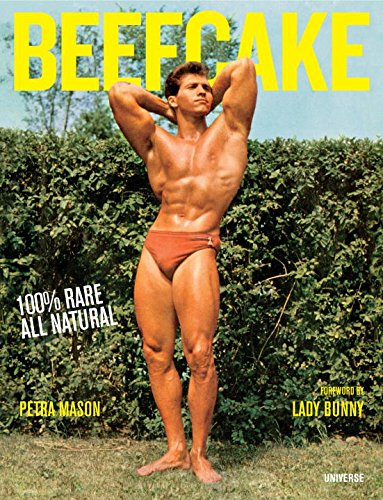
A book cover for Beefcake: 100% Rare, All-Natural; Petra Mason; Crafts, Hobbies & Home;